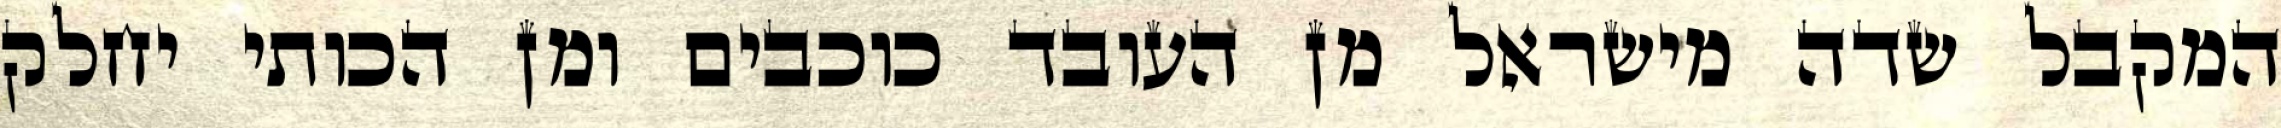
המקבל שדה מישראל מן העובד כוכבים ומן הכותי יחלק